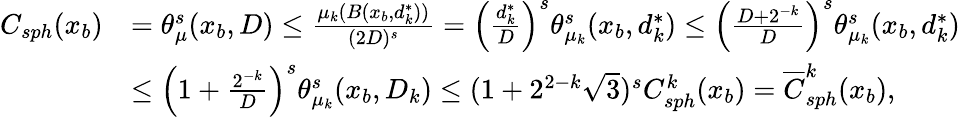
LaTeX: \begin{array}{rl}{C_{sph}(x_{b})}&{=\theta_{\mu}^{s}(x_{b},D)\leq\frac{\mu_{k}(B(x_{b},d_{k}^{\ast}))}{(2D)^{s}}=\Big(\frac{d_{k}^{\ast}}{D}\Big)^{s}\theta_{\mu_{k}}^{s}(x_{b},d_{k}^{\ast})\leq\Big(\frac{D+2^{-k}}{D}\Big)^{s}\theta_{\mu_{k}}^{s}(x_{b},d_{k}^{\ast})}\\ &{\leq\Big(1+\frac{2^{-k}}{D}\Big)^{s}\theta_{\mu_{k}}^{s}(x_{b},D_{k})\leq(1+2^{2-k}\sqrt{3})^{s}C_{sph}^{k}(x_{b})=\overline{{C}}_{sph}^{k}(x_{b}),}\end{array}